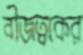
বীজত্বকের